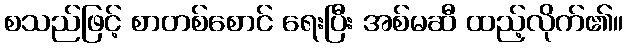
စသည်ဖြင့် စာတစ်စောင် ရေးပြီး အစ်မဆီ ထည့်လိုက်၏။